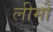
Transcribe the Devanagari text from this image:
लीमों